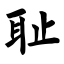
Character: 耻